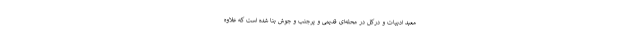
معبد ادبیات و درکل در محله‌ای قدیمی و پرجنب و جوش بنا شده است که علاوه